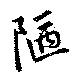
陋